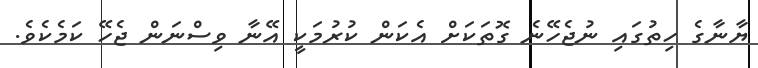
ޔާނާގެ ހިތުގައި ނުޖެހޭނެ ގޮތަކަށް އެކަން ކުރުމަކީ އޭނާ ވިސްނަން ޖެހޭ ކަމެކެވެ.